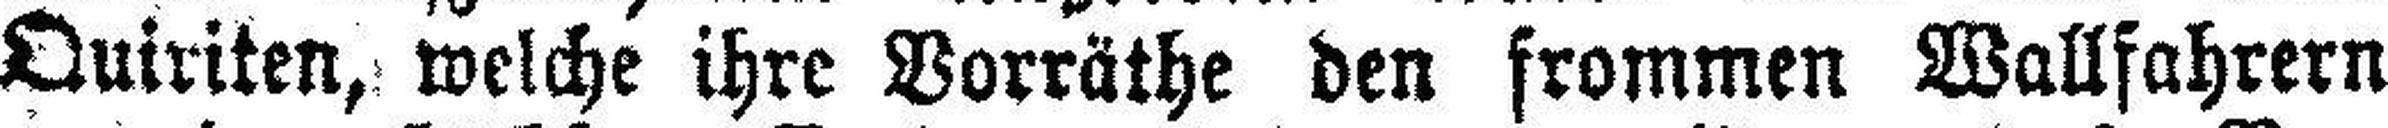
Quinten, welche ihre Dorräthe den frommen Wallfahrern